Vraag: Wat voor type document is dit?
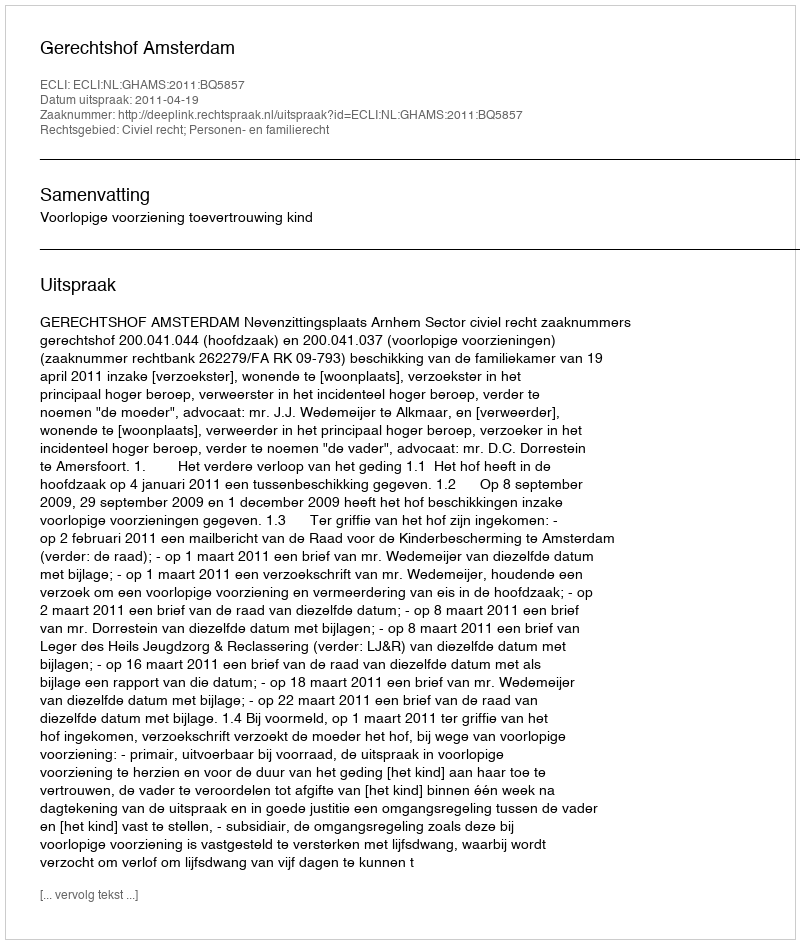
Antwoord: Uitspraak